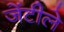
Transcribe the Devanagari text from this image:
जेंटीले